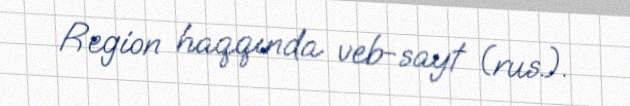
Region haqqında veb-sayt (rus.).